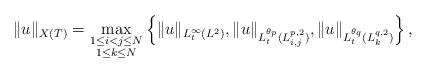
LaTeX: \begin{align*}\|u\|_{X(T)}=\max_{\substack{1\leq i<j\leq N\\ 1\leq k\leq N}}\left\{\|u\|_{L^{\infty}_t(L^{2})},\|u\|_{L^{\theta_p}_t(L^{p,2}_{i,j})},\|u\|_{L^{\theta_q}_t(L^{q,2}_k)}\right\},\end{align*}